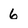
Character: 6